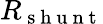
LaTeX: R_{\mathrm{~s~h~u~n~t~}}